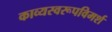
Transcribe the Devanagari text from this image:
काव्यस्वरूपविमर्श